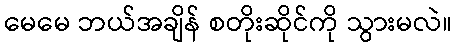
မေမေ ဘယ်အချိန် စတိုးဆိုင်ကို သွားမလဲ။